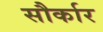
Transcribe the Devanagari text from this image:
सौर्कार